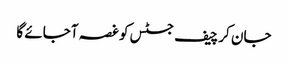
جان کر چیف جسٹس کو غصہ آجائے گا